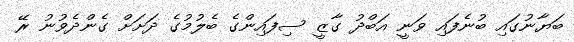
ބަޔާނުގައި ބުނެފައި ވަނީ އަބްދު ގާޒީ ސިފައިންގެ ބެލުމުގެ ދަށަށް ގެންދެވުނު ރޭ